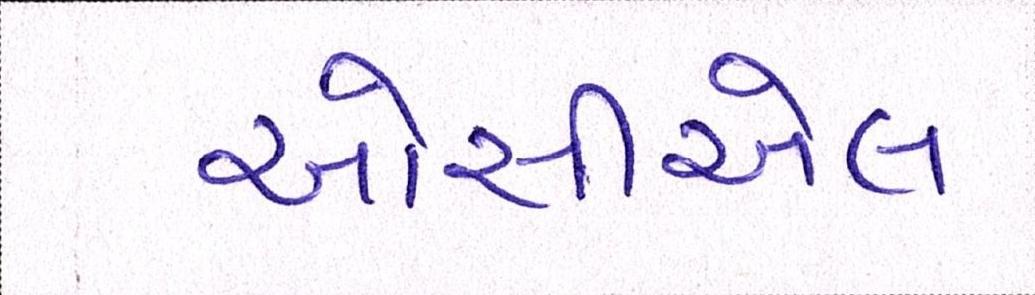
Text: ઓસીએલ